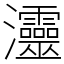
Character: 𤅷